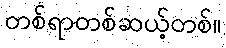
တစ်ရာတစ်ဆယ့်တစ်။